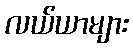
လယ်ယာများ